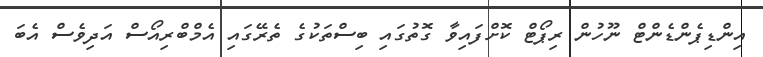
އިންޑިޕެންޑެންޓް ނޫހުން ރިޕޯޓް ކޮށްފައިވާ ގޮތުގައި ބިސްތަކުގެ ތެރޭގައި އެމްބްރިއޯސް އަދިވެސް އެބަ